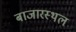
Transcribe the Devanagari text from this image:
बाजारस्थल